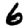
Digit: 6